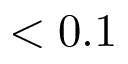
< 0 . 1